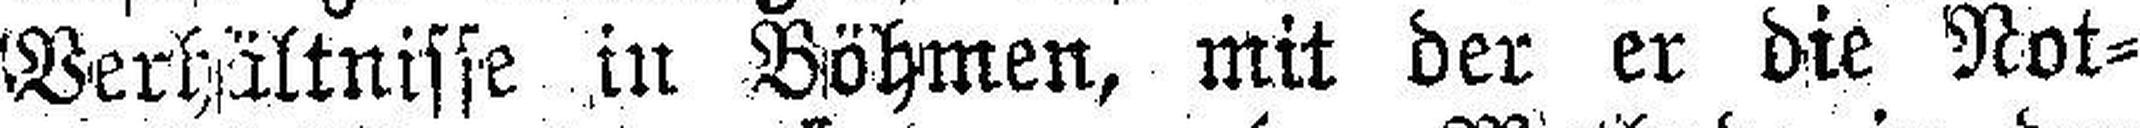
Verhältnisse in Böhmen, mit der er die Not¬